Note on the mental hospitals in Burma - 1925-1940
Year: 1925
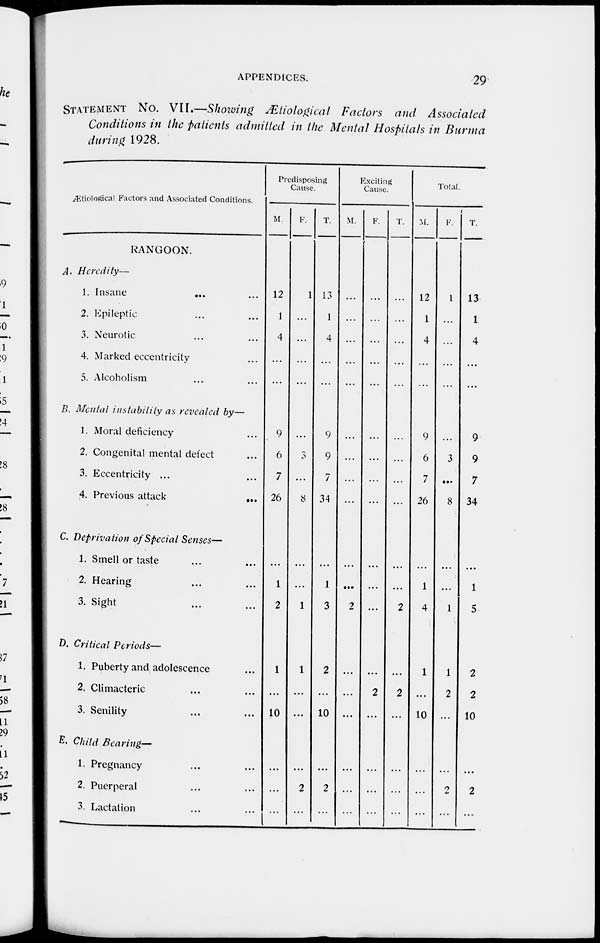
APPENDICES.
29
STATEMENT No. VII.—Showing Ætiological Factors and Associated
Conditions in the patients admitted in the Mental Hospitals in Burma
during 1928.
Ætiological Factors and Associated Conditions.
RANGOON.
A. Heredity—
1. Insane
... ...
2. Epileptic ... ...
3. Neurotic ... ...
4. Marked eccentricity ...
5. Alcoholism ... ...
B. Mental instability as revealed by—
1. Moral deficiency ...
2. Congenital mental defect ...
3. Eccentricity ... ...
4. Previous attack
...
C. Deprivation of Special Senses—
1. Smell or taste ... ...
2. Hearing ... ...
3. Sight ... ...
D. Critical Periods—
1. Puberty and adolescence ...
2. Climacteric ... ...
3. Senility ... ...
E. Child Bearing—
1. Pregnancy ... ...
2. Puerperal ... ...
3. Lactation ... ...
Predisposing
Cause.
M.
12
1
4
...
...
9
6
7
26
...
1
2
1
...
10
...
...
...
F.
1
...
...
...
...
...
3
...
8
...
...
1
1
...
...
...
2
...
T.
13
1
4
...
...
9
9
7
34
...
1
3
2
...
10
...
2
...
Exciting
Cause.
M.
...
...
...
...
...
...
...
...
...
...
...
2
...
...
...
...
...
...
F.
...
...
...
...
...
...
...
...
...
...
...
...
...
2
...
...
...
...
T.
...
...
...
...
...
...
...
...
...
...
...
2
...
2
...
...
...
...
Total.
M.
12
1
4
...
...
9
6
7
26
...
1
4
1
...
10
...
...
...
F.
1
...
...
...
...
...
3
...
8
...
...
1
1
2
...
...
2
...
T.
13
1
4
...
...
9
9
7
34
...
1
5
2
2
10
...
2
...